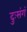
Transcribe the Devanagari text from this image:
दुःसंगं